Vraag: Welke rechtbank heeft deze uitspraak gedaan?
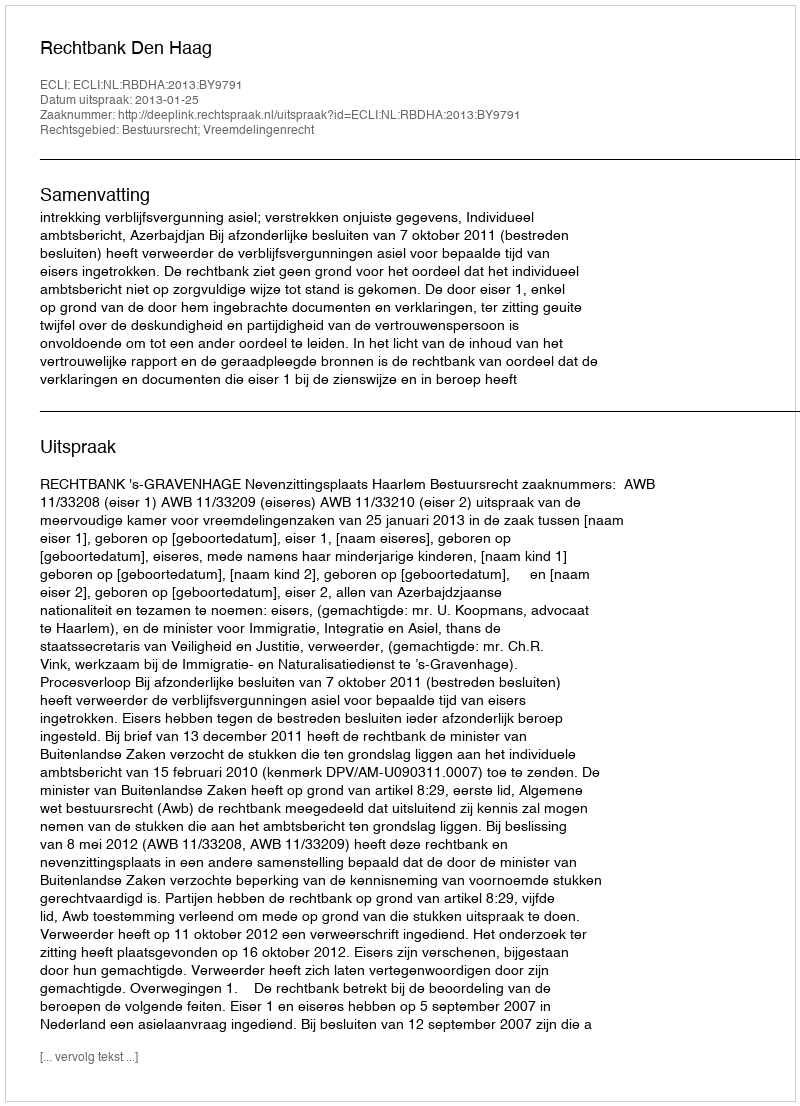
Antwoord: Rechtbank Den Haag